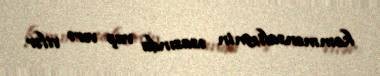
kommensalizmin əsasında vaş verə vilər.